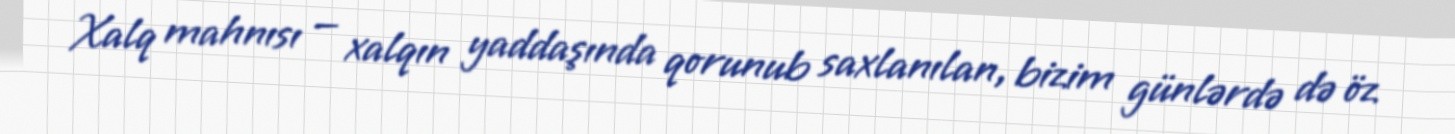
Xalq mahnısı — xalqın yaddaşında qorunub saxlanılan, bizim günlərdə də öz